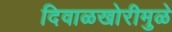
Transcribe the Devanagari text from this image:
दिवाळखोरीमुळे